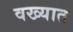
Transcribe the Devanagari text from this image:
वख्यात